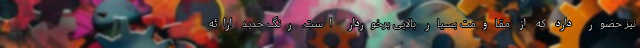
نیز حضور دارد که از مقاومت بسیار بالایی برخوردار است. رنگ جدید ارائه